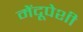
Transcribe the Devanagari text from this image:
मेंदूपेशी